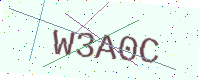
Text: W3A0C